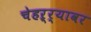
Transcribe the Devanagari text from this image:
चेहऱ्र्‍यावर